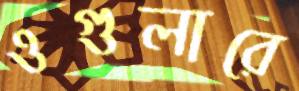
ওগুলারে